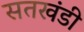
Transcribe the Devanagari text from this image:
सतखंडी